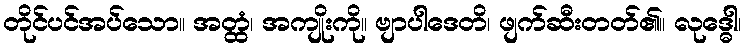
တိုင်ပင်အပ်သော။ အတ္ထံ၊ အကျိုးကို။ ဗျာပါဒေတိ၊ ဖျက်ဆီးတတ်၏။ လုဒ္ဓေါ၊